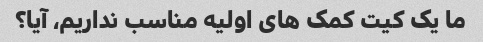
ما یک کیت کمک های اولیه مناسب نداریم، آیا؟